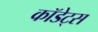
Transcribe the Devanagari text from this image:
कॉडेट्स